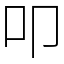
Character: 叩